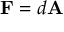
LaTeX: \mathbf { F } = d \mathbf { A }